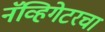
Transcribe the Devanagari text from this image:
नॅव्हिगेटरचा